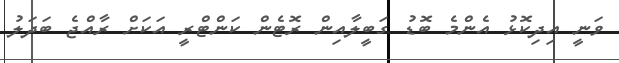
ވަނީ އިދިކޮޅު އެންމެ ބޮޑު ގަބީލާއިން ރޮޓެން ކަންޓްރީ އަކަށް ރާއްޖެ ބަދަލު